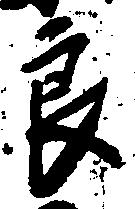
良